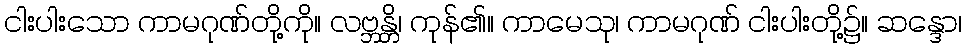
ငါးပါးသော ကာမဂုဏ်တို့ကို။ လဗ္ဘန္တိ၊ ကုန်၏။ ကာမေသု၊ ကာမဂုဏ် ငါးပါးတို့၌။ ဆန္ဒော၊